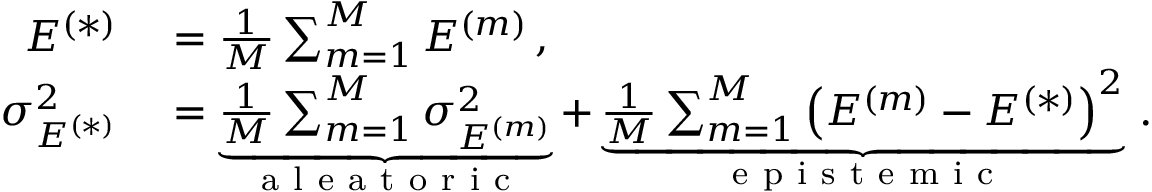
\begin{array} { r l } { E ^ { ( * ) } } & { { } = \frac { 1 } { M } \sum _ { m = 1 } ^ { M } E ^ { ( m ) } \, , } \\ { \sigma _ { E ^ { ( * ) } } ^ { 2 } } & { { } = \underbrace { \frac { 1 } { M } \sum _ { m = 1 } ^ { M } \sigma _ { E ^ { ( m ) } } ^ { 2 } } _ { \mathrm { ~ a ~ l ~ e ~ a ~ t ~ o ~ r ~ i ~ c ~ } } + \underbrace { \frac { 1 } { M } \sum _ { m = 1 } ^ { M } \left( E ^ { ( m ) } - E ^ { ( * ) } \right) ^ { 2 } } _ { \mathrm { ~ e ~ p ~ i ~ s ~ t ~ e ~ m ~ i ~ c ~ } } \, . } \end{array}